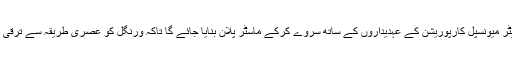
کوڈا اور گریٹر میونسپل کارپوریشن کے عہدیداروں کے ساتھ سروے کرکے ماسٹر پلان بنایا جائے گا تاکہ ورنگل کو عصری طریقہ سے ترقی دی جاسکے۔